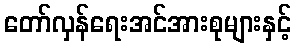
တော်လှန်ရေးအင်အားစုများနှင့်